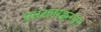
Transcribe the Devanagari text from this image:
एयरलाइनना